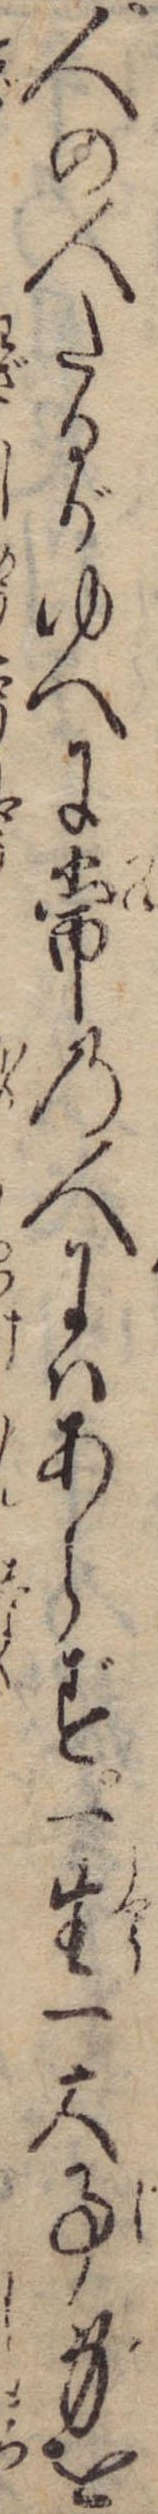
人の人たるがゆへに常の人にはあらず一生一大事身を